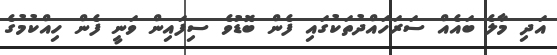
އަދި މާލެ ބައެއް ސަރަހައްދުތަކުގައި ފެން ބޮޑުވެ ސިފައިން ވަނީ ފެން ހިއްކުމުގެ